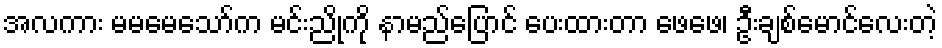
အလကား မမမေသော်က မင်းညိုကို နာမည်ပြောင် ပေးထားတာ ဖေဖေ၊ ဦးချစ်မောင်လေးတဲ့